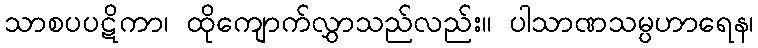
သာစပပဋိကာ၊ ထိုကျောက်လွှာသည်လည်း။ ပါသာဏသမ္ပဟာရေန၊